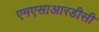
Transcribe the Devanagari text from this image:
एमएसाआरडीसी